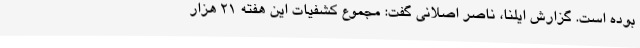
بوده است. گزارش ایلنا، ناصر اصلانی گفت: مجموع کشفیات این هفته ۲۱ هزار